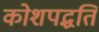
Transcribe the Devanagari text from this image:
कोशपद्धति